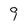
Character: 9